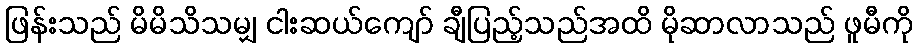
ဖြန်းသည် မိမိသိသမျှ ငါးဆယ်ကျော် ချီပြည့်သည်အထိ မိုဆာလာသည် ဖူမီကို